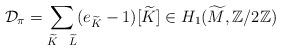
LaTeX: \begin{align*}\mathcal D_\pi = \sum_{ \widetilde{K} \ \ \widetilde{L}} (e_{\widetilde{K}}-1) [\widetilde{K}] \in H_1(\widetilde M, \mathbb Z/2 \mathbb Z)\end{align*}